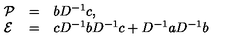
\begin{array} { l l l } { { \cal P } } & { = } & { b D ^ { - 1 } c , } \\ { { \cal E } } & { = } & { c D ^ { - 1 } b D ^ { - 1 } c + D ^ { - 1 } a D ^ { - 1 } b } \\ \end{array}